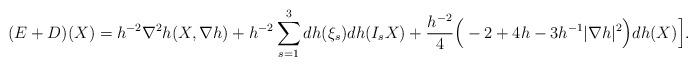
LaTeX: \begin{align*} (E+D)(X)=h^{-2}\nabla^2h(X,\nabla h)+h^{-2}\sum_{s=1}^3dh(\xi_s)dh(I_sX)+\frac{h^{-2}}4\Big(-2+4h-3h^{-1}|\nabla h|^2\Big)dh(X)\Big].\end{align*}